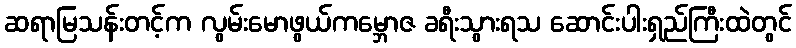
ဆရာမြသန်းတင့်က လွမ်းမောဖွယ်ကမ္ဘောဇ ခရီးသွားရသ ဆောင်းပါးရှည်ကြီးထဲတွင်